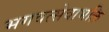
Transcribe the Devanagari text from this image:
भगवत्सेवाभक्ति